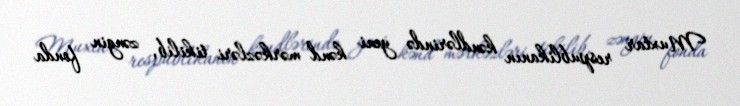
Muxtar respublikanın kəndlərində yeni kənd mərkəzləri tikilib, zəngin fonda